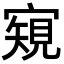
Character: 𡪽